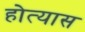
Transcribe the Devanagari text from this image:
होत्यास